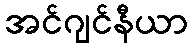
အင်ဂျင်နီယာ